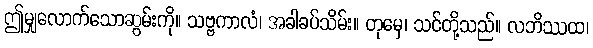
ဤမျှလောက်သောဆွမ်းကို။ သဗ္ဗကာလံ၊ အခါခပ်သိမ်း။ တုမှေ၊ သင်တို့သည်။ လဘိဿထ၊